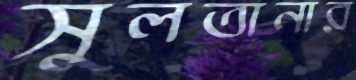
সুলতানার